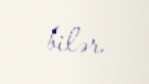
bilər.